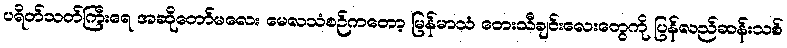
ပရိတ်သတ်ကြီးရေ အဆိုတော်မလေး မေလသံစဉ်ကတော့ မြန်မာသံ တေးသီချင်းလေးတွေကို ပြန်လည်ဆန်းသစ်